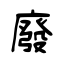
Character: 廢